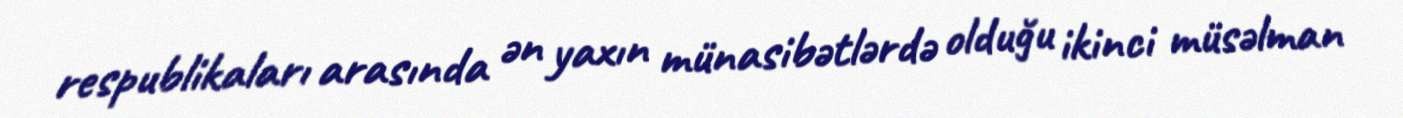
respublikaları arasında ən yaxın münasibətlərdə olduğu ikinci müsəlman